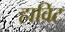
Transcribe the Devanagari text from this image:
हाविट